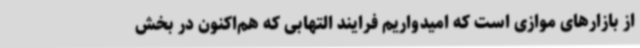
از بازارهای موازی است که امیدواریم فرایند التهابی که هم‌اکنون در بخش